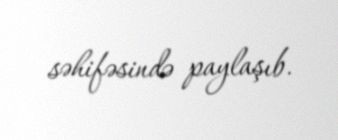
səhifəsində paylaşıb.